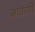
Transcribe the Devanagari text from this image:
जातायी